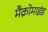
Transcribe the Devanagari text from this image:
मैक्रोमाइंड